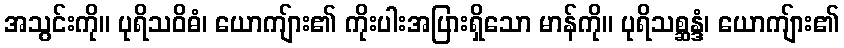
အသွင်းကို။ ပုရိသဝိဓံ၊ ယောကျ်ား၏ ကိုးပါးအပြားရှိသော မာန်ကို။ ပုရိသစ္ဆန္ဒံ၊ ယောကျ်ား၏